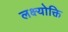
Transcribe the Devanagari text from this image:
लक्ष्योक्ति